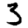
Digit: 3